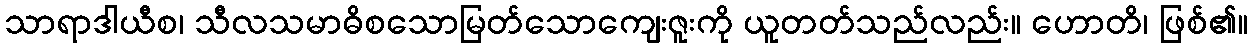
သာရာဒါယီစ၊ သီလသမာဓိစသောမြတ်သောကျေးဇူးကို ယူတတ်သည်လည်း။ ဟောတိ၊ ဖြစ်၏။